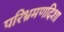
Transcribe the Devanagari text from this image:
परिभ्रमणदिशा